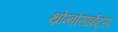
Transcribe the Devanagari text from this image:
थ्रोम्बोसाईट्स